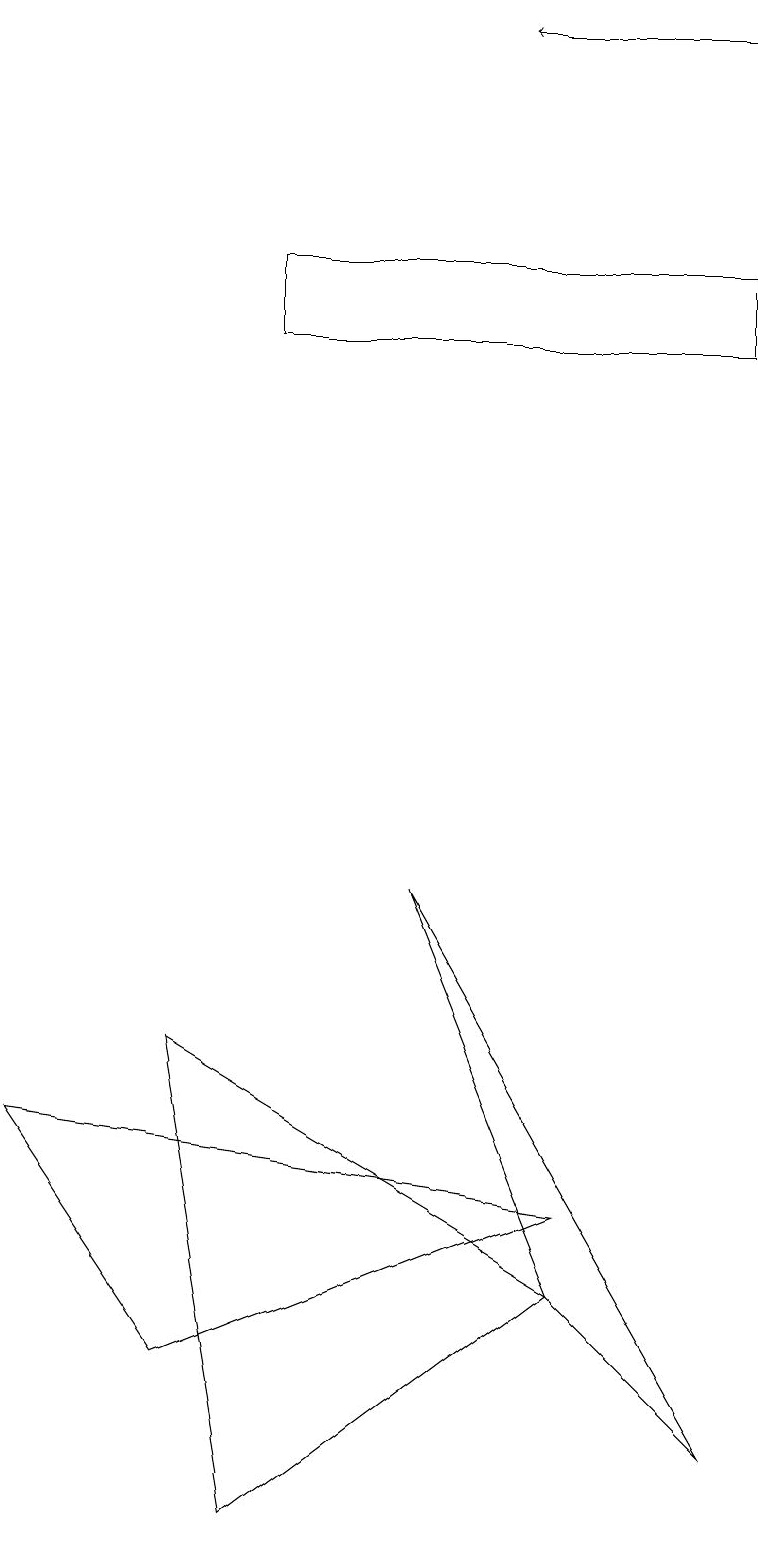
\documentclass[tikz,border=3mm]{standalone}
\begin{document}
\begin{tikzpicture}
\draw (3,16) rectangle (9,15);
\draw (7,3) -- (5,8) -- (9,1) -- cycle;
\draw[->] (7,19) -- (9,19);
\draw[->] (9,19) -- (6,19);
\draw (3,0) -- (2,6) -- (7,3) -- cycle;
\draw (2,2) -- (7,4) -- (0,5) -- cycle;
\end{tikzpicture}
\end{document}